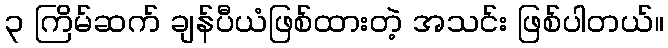
၃ ကြိမ်ဆက် ချန်ပီယံဖြစ်ထားတဲ့ အသင်း ဖြစ်ပါတယ်။